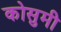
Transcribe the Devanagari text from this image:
कोसुमी